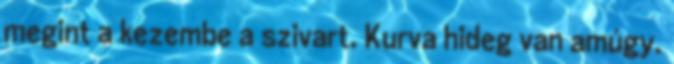
megint a kezembe a szivart. Kurva hideg van amúgy.